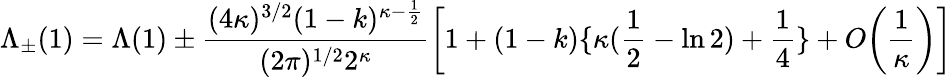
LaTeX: \Lambda_{\pm}(1)=\Lambda(1)\pm\frac{(4\kappa)^{3/2}(1-k)^{\kappa-\frac{1}{2}}}{(2\pi)^{1/2}2^{\kappa}}\bigg[1+(1-k)\{ \kappa(\frac{1}{2}-\ln 2)+\frac{1}{4}\} +O\bigg(\frac{1}{\kappa}\bigg)\bigg]